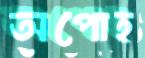
অপোহ